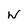
Character: W